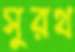
সুরথ